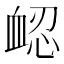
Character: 𧖷